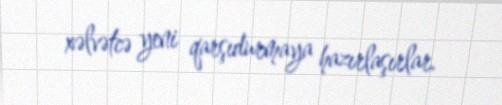
xəlvətcə yeni qarşıdurmaya hazırlaşırlar.